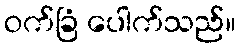
ဝက်ခြံ ပေါက်သည်။